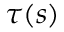
\boldsymbol { \tau } ( s )